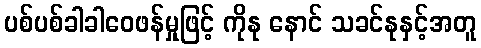
ပစ်ပစ်ခါခါဝေဖန်မှုဖြင့် ကိုနု နောင် သခင်နုနှင့်အတူ